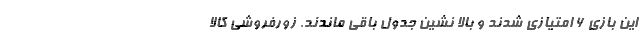
این بازی ۶ امتیازی شدند و بالا نشین جدول باقی ماندند. زورفروشی کالا